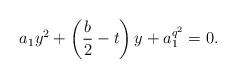
LaTeX: \begin{align*} a_1 y^2+\left(\frac{b}{2}-t\right)y+a_1^{q^2}=0.\end{align*}